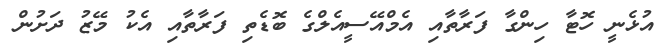
އުޅެނީ ހޮޓާ ހިންގާ ފަރާތާއި އެމްއޭސީއެލްގެ ބޮޑެތި ފަރާތާއި އެކު މޭޒު ދަށުން